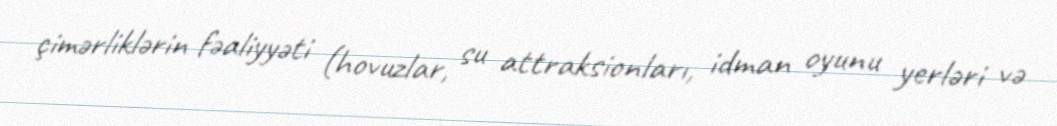
çimərliklərin fəaliyyəti (hovuzlar, su attraksionları, idman oyunu yerləri və